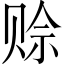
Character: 赊